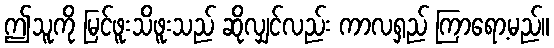
ဤသူကို မြင်ဖူးသိဖူးသည် ဆိုလျှင်လည်း ကာလရှည် ကြာရော့မည်။